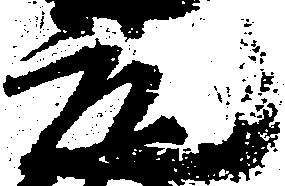
元